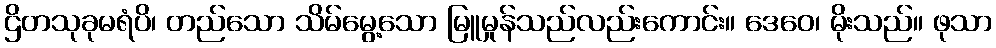
ဌိတသုခုမရံပိ၊ တည်သော သိမ်မွေ့သော မြူမှုန်သည်လည်းကောင်း။ ဒေဝေ၊ မိုးသည်။ ဖုသာ